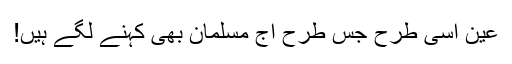
عین اسی طرح جس طرح آج مسلمان بھی کہنے لگے ہیں!